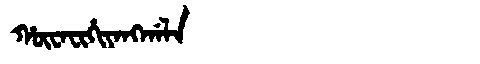
Manchu: ᡥᡡᠸᠠᠸᡳᡥᡳᠶᠠᠩᡤᠠᠯᠠ
Romanization: HŪWAFIHIYANGGALA